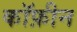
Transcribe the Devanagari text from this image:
कॉफ़ीन